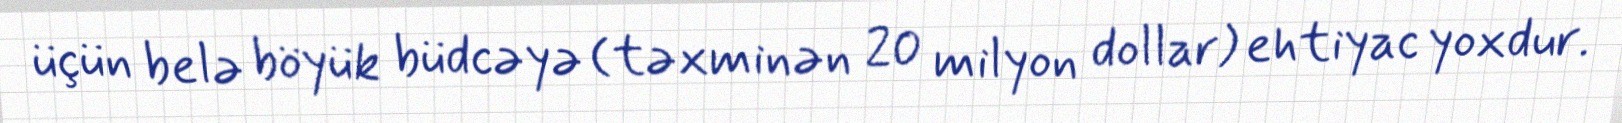
üçün belə böyük büdcəyə (təxminən 20 milyon dollar) ehtiyac yoxdur.